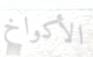
الأكواخ